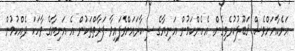
އަނެކާއަށްވެސް ޤަބޫލުކުރެވިގެން. އެހެންކަމުން އަނިޔާގެ ޝިކާރައަށްވެފައިވާ ފަރާތްތަކުން އެ އަނިޔާގެ ވާހަކަ ދެއްކުމުން